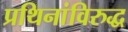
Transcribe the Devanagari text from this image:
प्रथिनांविरुद्ध